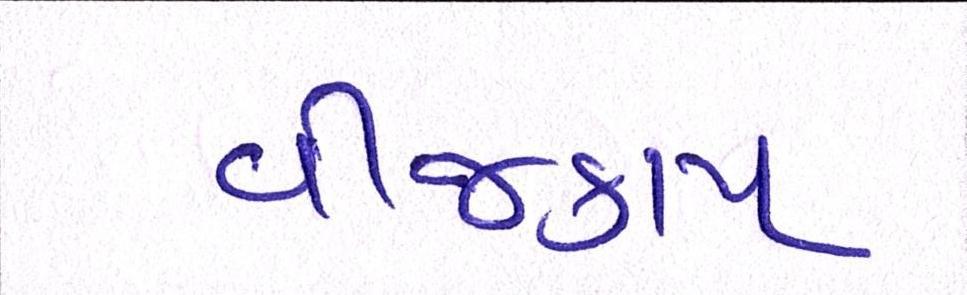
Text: વીજકાપ